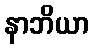
နာဘိယာ